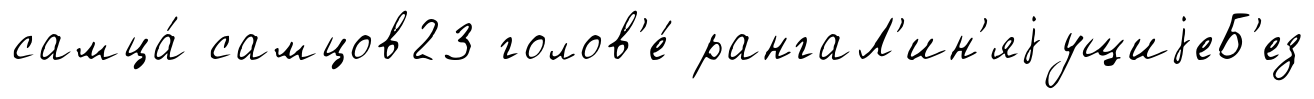
самца́ самцов23 голов'е́ рангаЛ'ин'яjущиjеБ'ез